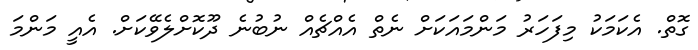
ގޮތް. އެކަމަކު މިފަހަރު މަންމައަކަށް ނެތް އެއްޗެއް ނުބުނެ ދޫކޮށްލެވޭކަށް. އެއީ މަންމަ